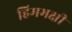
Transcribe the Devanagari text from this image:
हिमभक्षी